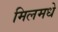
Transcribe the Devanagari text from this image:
मिलमधे